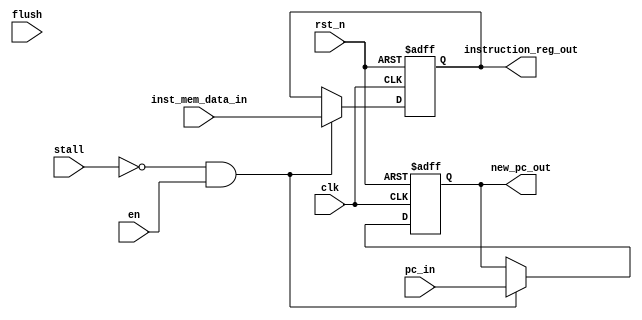
// +----------------------------------------------------------------------------
// GNU General Public License
// -----------------------------------------------------------------------------
// This file is part of uDLX (micro-DeLuX) soft IP-core.
//
// uDLX is free soft IP-core: you can redistribute it and/or modify
// it under the terms of the GNU General Public License as published by
// the Free Software Foundation, either version 3 of the License, or
// (at your option) any later version.
//
// uDLX soft core is distributed in the hope that it will be useful,
// but WITHOUT ANY WARRANTY; without even the implied warranty of
// MERCHANTABILITY or FITNESS FOR A PARTICULAR PURPOSE. See the
// GNU General Public License for more details.
//
// You should have received a copy of the GNU General Public License
// along with uDLX. If not, see <http://www.gnu.org/licenses/>.
// +----------------------------------------------------------------------------
// PROJECT: uDLX core Processor
// ------------------------------------------------------------------------------
// KEYWORDS    : instruction fetch, decode, pipeline, register
// -----------------------------------------------------------------------------
// PURPOSE     : Fetch/Decode pipeline registers
// -----------------------------------------------------------------------------
module if_id_reg
#(
    parameter PC_DATA_WIDTH = 20,
    parameter INSTRUCTION_WIDTH = 32
)(
   input clk,    // Clock
   input rst_n,  // Asynchronous reset active low
   input en,
   input stall,                                              // Indicates a stall insertion on the datapath
   input flush,                                              // Force flush in pipeline registers
   input [INSTRUCTION_WIDTH-1:0] inst_mem_data_in,           // SRAM input data
   input [PC_DATA_WIDTH-1:0] pc_in,                          // Value of Program Counter

   output reg [PC_DATA_WIDTH-1:0] new_pc_out,                // Updated value of the Program Counter
   output reg [INSTRUCTION_WIDTH-1:0] instruction_reg_out    // CPU core fetched instruction
);
always@(posedge clk or negedge rst_n)begin
   if(!rst_n) begin
      new_pc_out <= 0;
      instruction_reg_out <= 0;
   end else if((!stall)&en)begin
      new_pc_out <= pc_in;
//      if(flush)begin
//         instruction_reg_out <= 0;
//      end
//      else begin
         instruction_reg_out <= inst_mem_data_in;
//      end
   end
end

endmodule